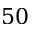
5 0